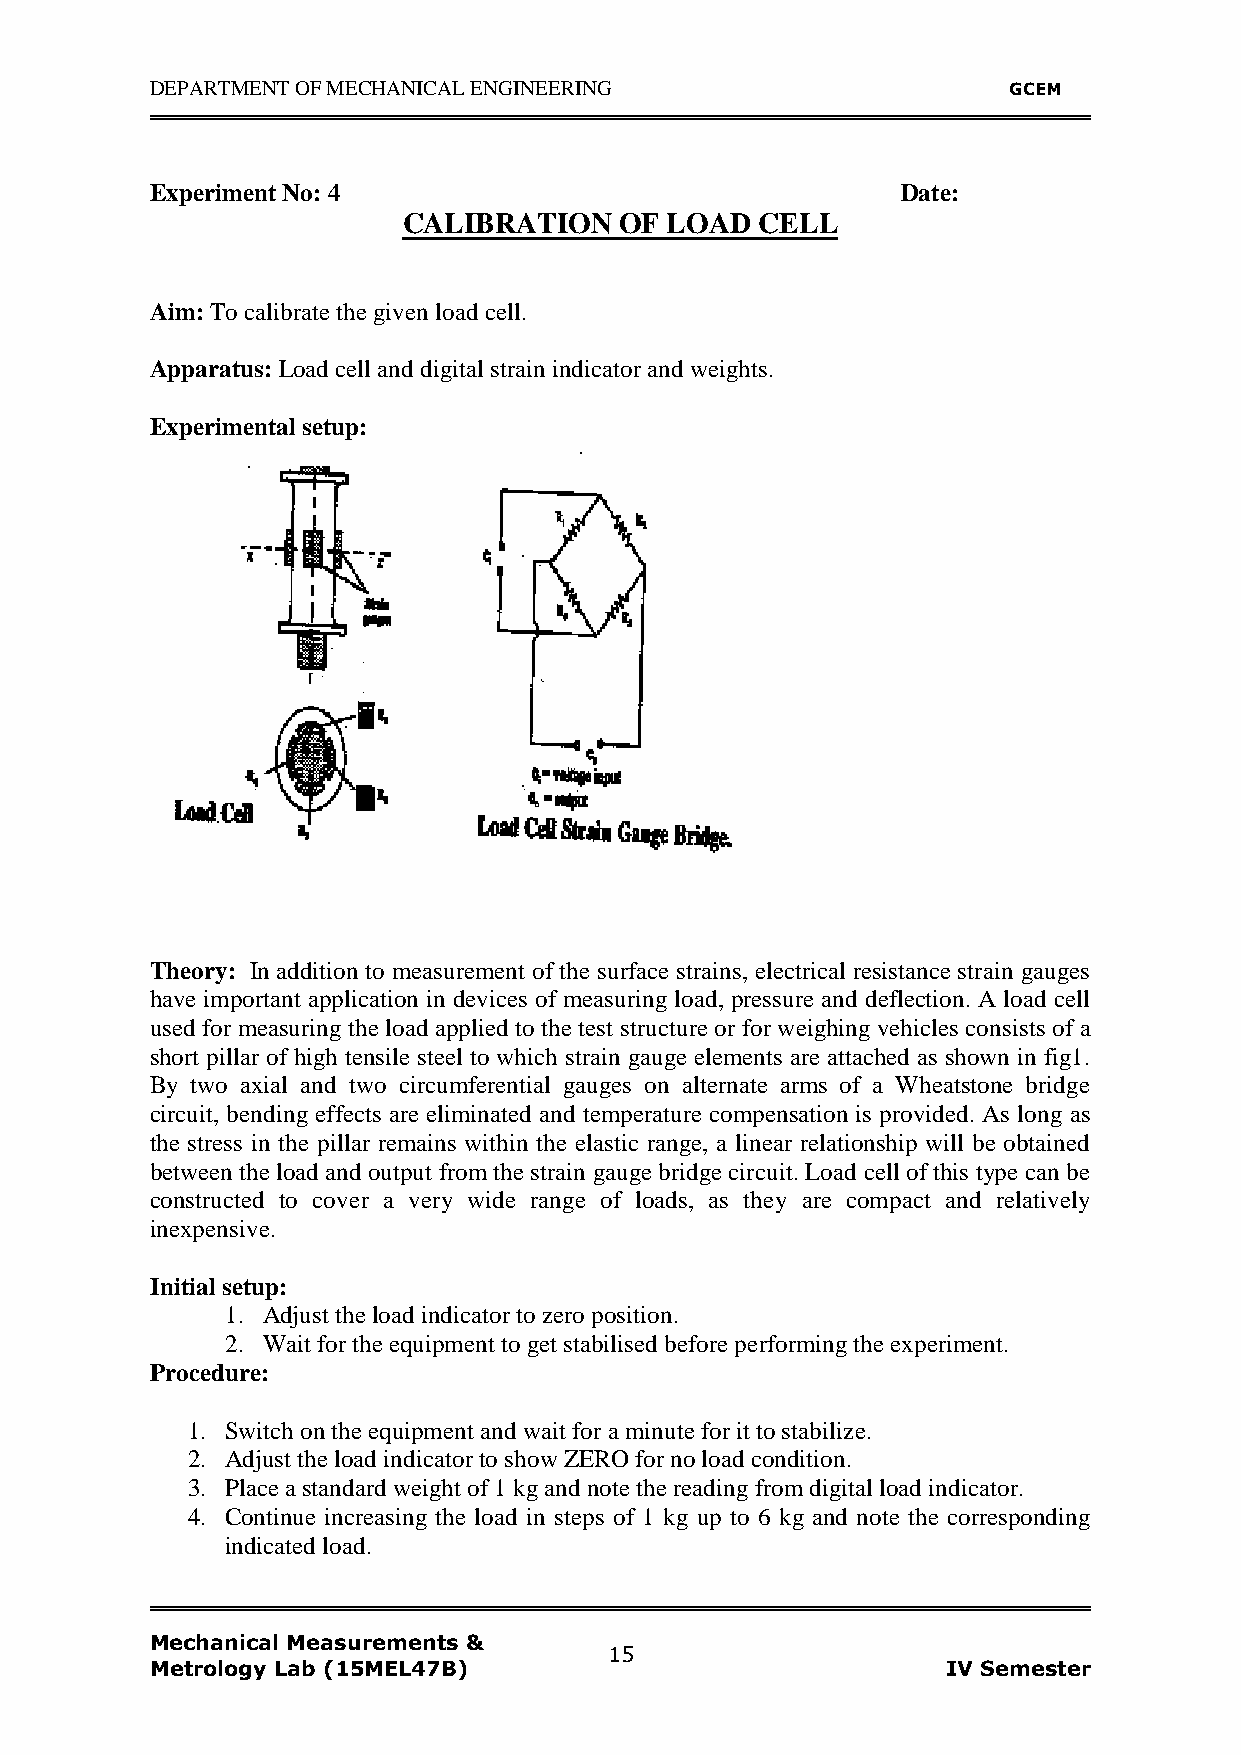
DEPARTMENT OF MECHANICAL ENGINEERING                     GCEM
 Experiment No: 4                                  Date:
 CALIBRATION   OF LOAD  CELL
 Aim: To calibrate the given load cell.
 Apparatus: Load cell and digital strain indicator and weights.
 Experimental setup:
 Theory: In addition to measurement of the surface strains, electrical resistance strain gauges
 have important application in devices of measuring load, pressure and deflection. A load cell
 used for measuring the load applied to the test structure or for weighing vehicles consists of a
 short pillar of high tensile steel to which strain gauge elements are attached as shown in fig1.
 By two axial and two circumferential gauges on alternate arms of a Wheatstone bridge
 circuit, bending effects are eliminated and temperature compensation is provided. As long as
 the stress in the pillar remains within the elastic range, a linear relationship will be obtained
 between the load and output from the strain gauge bridge circuit. Load cell of this type can be
 constructed to cover a very wide range of loads, as they are compact and relatively
 inexpensive.
 Initial setup:
 1. Adjust the load indicator to zero position.
 2. Wait for the equipment to get stabilised before performing the experiment.
 Procedure:
 1. Switch on the equipment and wait for a minute for it to stabilize.
 2. Adjust the load indicator to show ZERO for no load condition.
 3. Place a standard weight of 1 kg and note the reading from digital load indicator.
 4. Continue increasing the load in steps of 1 kg up to 6 kg and note the corresponding
 indicated load.
 Mechanical Measurements &
 15
 Metrology Lab (15MEL47B)                             IV Semester